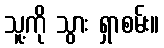
သူ့ကို သွား ရှာစမ်း။